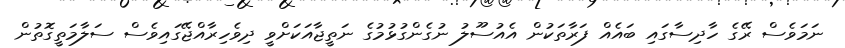
ނަމަވެސް ރޭގެ ހާދިސާގައި ބައެއް ފަރާތަކުން އެއުސޫލު ނުގެންގުޅުމުގެ ނަތީޖާއަކަށްވީ ދިވެހިރާއްޖޭގައިވެސް ސަލާމަތީގޮތުން